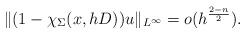
LaTeX: \begin{align*} \| (1-\chi_{\Sigma}(x,hD) ) u \|_{L^\infty}=o(h^{\frac{2-n}{2}}).\end{align*}